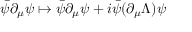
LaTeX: { \bar { \psi } } \partial _ { \mu } \psi \mapsto { \bar { \psi } } \partial _ { \mu } \psi + i { \bar { \psi } } ( \partial _ { \mu } \Lambda ) \psi